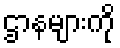
ဌာနများကို